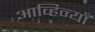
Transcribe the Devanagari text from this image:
आव्हिन्याँ